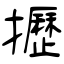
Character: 攊